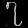
Digit: ၇